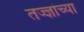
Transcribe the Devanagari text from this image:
तज्ज्ञांच्‍या